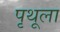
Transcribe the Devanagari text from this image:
पृथूला